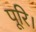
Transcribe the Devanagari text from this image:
पूरि।